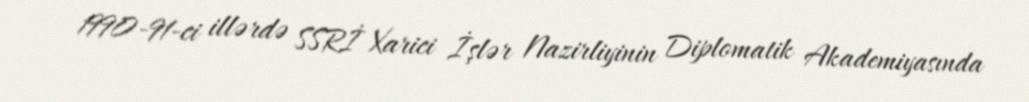
1990-91-ci illərdə SSRİ Xarici İşlər Nazirliyinin Diplomatik Akademiyasında